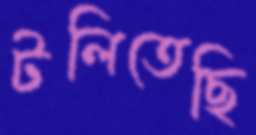
টলিতেছি